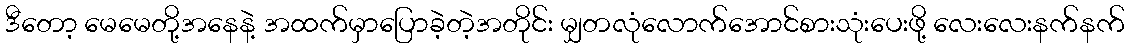
ဒီတော့ မေမေတို့အနေနဲ့ အထက်မှာပြောခဲ့တဲ့အတိုင်း မျှတလုံလောက်အောင်စားသုံးပေးဖို့ လေးလေးနက်နက်